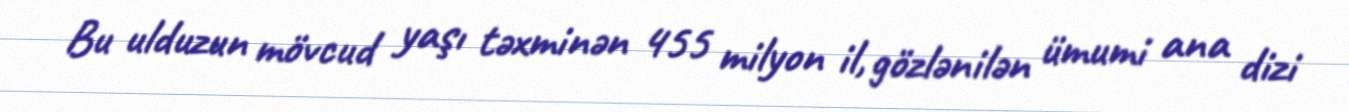
Bu ulduzun mövcud yaşı təxminən 455 milyon il, gözlənilən ümumi ana dizi